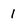
Character: 1